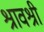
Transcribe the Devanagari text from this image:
श्रावश्री